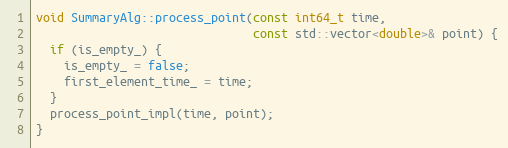
Language: C++
void SummaryAlg::process_point(const int64_t time,
                               const std::vector<double>& point) {
  if (is_empty_) {
    is_empty_ = false;
    first_element_time_ = time;
  }
  process_point_impl(time, point);
}